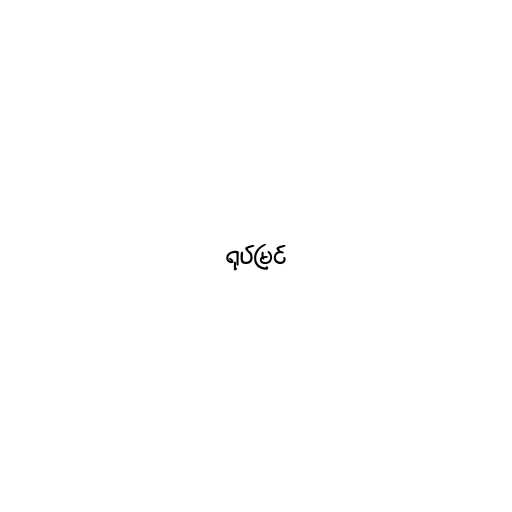
ရုပ်မြင်